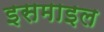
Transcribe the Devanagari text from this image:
इसमाइल